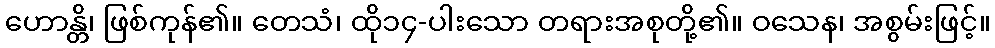
ဟောန္တိ၊ ဖြစ်ကုန်၏။ တေသံ၊ ထို၁၄-ပါးသော တရားအစုတို့၏။ ဝသေန၊ အစွမ်းဖြင့်။